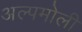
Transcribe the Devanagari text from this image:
अल्पमोली